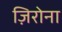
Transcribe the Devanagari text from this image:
ज़िरोना